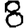
Digit: 8